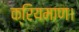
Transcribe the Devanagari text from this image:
क्रियमाण।